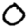
Digit: 0